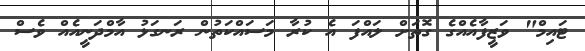
ޓައިމް" ވަޒީފާއެއްގެ ގޮތަށް ލައްފަ އެ ކުރާ މަސައްކަތުން ރަނގަޅު އާމްދަނީއެއް ވެސް